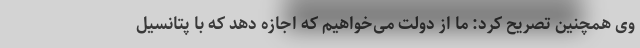
وی همچنین تصریح کرد: ما از دولت می‌خواهیم که اجازه دهد که با پتانسیل